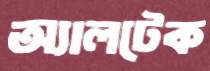
অ্যালটেক